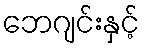
ဘေဂျင်းနှင့်